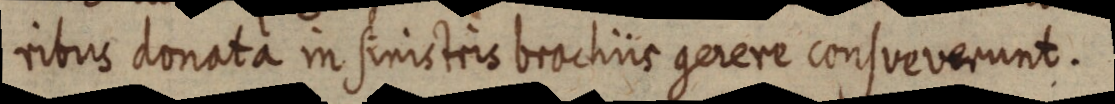
ribus donata in sinistris brachiis gerere consveverunt.